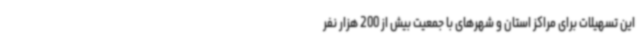
این تسهیلات برای مراکز استان و شهرهای با جمعیت بیش از 200 هزار نفر